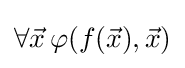
\forall {\vec {x}}\,\varphi (f({\vec {x}}),{\vec {x}})